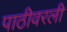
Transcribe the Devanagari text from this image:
पाठीवरली